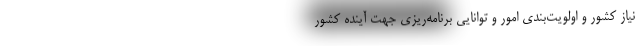
نیاز کشور و اولویت‌بندی امور و توانایی برنامه‌ریزی جهت آینده کشور